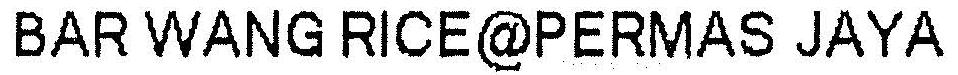
BAR WANG RICE@PERMAS JAYA